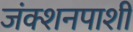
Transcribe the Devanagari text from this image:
जंक्शनपाशी